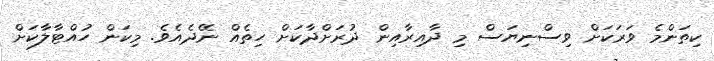
ކިތަންމެ ވަރަކަށް ވިސްނިޔަސް މި ދާއިރާއިން ދުރަށްދާކަށް ހިތެއް ނޭދެއެވެ. މިކަން ހުއްޓާލާކަށް